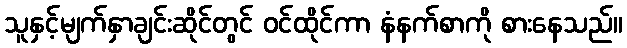
သူနှင့်မျက်နှာချင်းဆိုင်တွင် ဝင်ထိုင်ကာ နံနက်စာကို စားနေသည်။